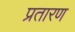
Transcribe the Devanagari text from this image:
प्रतारण